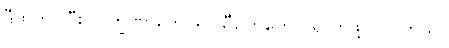
ဒီထက်ပိုပြီး လက္ခဏာတွေ၊ ရာသီဥတုတွေ ပိုရှိလာဖို့ လိုပါတယ်။